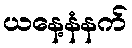
ယနေ့နံနက်